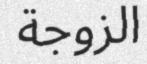
الزوجة